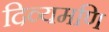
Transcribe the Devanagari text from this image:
दिव्यमणि